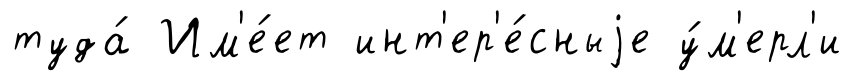
туда́ Им'е́ет инт'ер'е́сныjе у́м'ерл'и